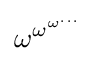
\omega ^{\omega ^{\omega ^{...}}}